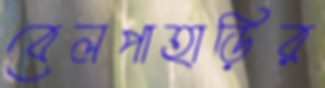
বেলপাহাড়ির